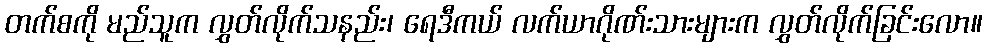
တက်စကို မည်သူက လွှတ်လိုက်သနည်း၊ ရေဒီကယ် လက်ယာဂိုဏ်းသားများက လွှတ်လိုက်ခြင်းလော။